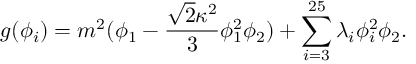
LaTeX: g ( \phi _ { i } ) = m ^ { 2 } ( \phi _ { 1 } - \frac { { \sqrt { 2 } } \kappa ^ { 2 } } { 3 } \phi _ { 1 } ^ { 2 } \phi _ { 2 } ) + \sum _ { i = 3 } ^ { 2 5 } \lambda _ { i } \phi _ { i } ^ { 2 } \phi _ { 2 } .